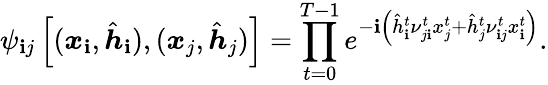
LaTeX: \psi_{\mathbf{i}j}\left[(\boldsymbol{x}_{\mathbf{i}},\hat{{\boldsymbol{h}}}_{\mathbf{i}}),(\boldsymbol{x}_{j},\hat{{\boldsymbol{h}}}_{j})\right]=\prod_{t=0}^{T-1}e^{-\mathrm{{\mathbf{i}}}\left(\hat{{h}}_{\mathbf{i}}^{t}\nu_{j\mathbf{i}}^{t}x_{j}^{t}+\hat{{h}}_{j}^{t}\nu_{\mathbf{i}j}^{t}x_{\mathbf{i}}^{t}\right)}.